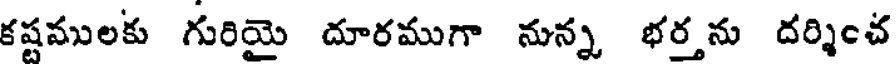
కష్టములకు గురియై దూరముగా నున్న భర్తను దర్శించ